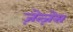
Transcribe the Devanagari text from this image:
ज़ेत्ज़ेस